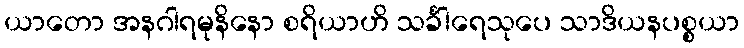
ယာတော အနဂါရမုနိနော စရိယာဟိ သင်္ခါရေသုပေ သာဒိယနပစ္စယာ